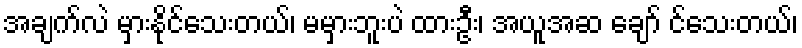
အချက်လဲ မှားနိုင်သေးတယ်၊ မမှားဘူးပဲ ထားဦး၊ အယူအဆ ချော် င်သေးတယ်၊